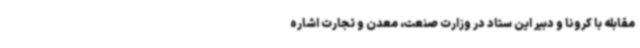
مقابله با کرونا و دبیر این ستاد در وزارت صنعت، معدن و تجارت اشاره